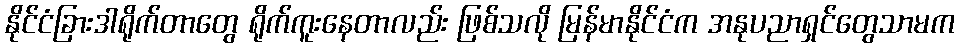
နိုင်ငံခြားဒါရိုက်တာတွေ ရိုက်ကူးနေတာလည်း ဖြစ်သလို မြန်မာနိုင်ငံက အနုပညာရှင်တွေသာမက